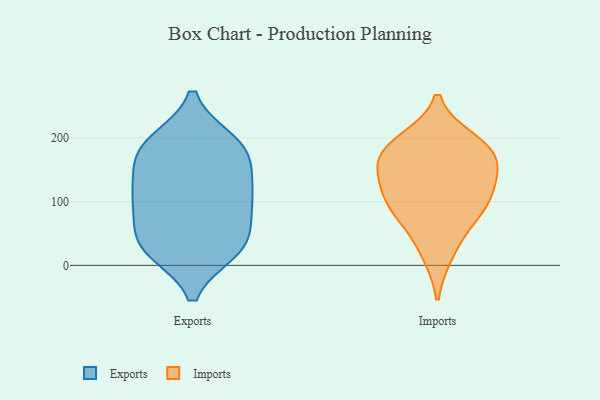
{"axis": {"x": "Latency (ms)", "y": "Value"}, "legend": ["Exports", "Imports"], "data": [{"x": "", "y": 174, "type": "Exports"}, {"x": "", "y": 57, "type": "Exports"}, {"x": "", "y": 105, "type": "Exports"}, {"x": "", "y": 125, "type": "Exports"}, {"x": "", "y": 26, "type": "Exports"}, {"x": "", "y": 194, "type": "Exports"}, {"x": "", "y": 28, "type": "Exports"}, {"x": "", "y": 184, "type": "Exports"}, {"x": "", "y": 32, "type": "Exports"}, {"x": "", "y": 82, "type": "Exports"}, {"x": "", "y": 193, "type": "Exports"}, {"x": "", "y": 24, "type": "Exports"}, {"x": "", "y": 107, "type": "Exports"}, {"x": "", "y": 118, "type": "Exports"}, {"x": "", "y": 165, "type": "Exports"}, {"x": "", "y": 19, "type": "Imports"}, {"x": "", "y": 98, "type": "Imports"}, {"x": "", "y": 174, "type": "Imports"}, {"x": "", "y": 104, "type": "Imports"}, {"x": "", "y": 185, "type": "Imports"}, {"x": "", "y": 141, "type": "Imports"}, {"x": "", "y": 174, "type": "Imports"}, {"x": "", "y": 98, "type": "Imports"}, {"x": "", "y": 195, "type": "Imports"}, {"x": "", "y": 64, "type": "Imports"}, {"x": "", "y": 144, "type": "Imports"}]}